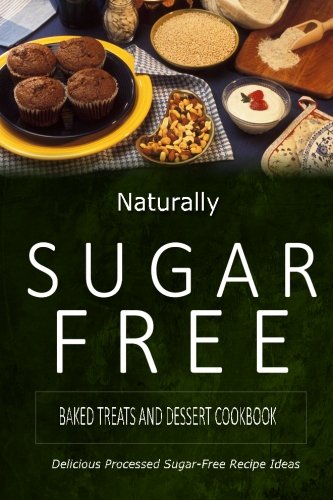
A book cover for Naturally Sugar-Free - Baked Treats and Dessert Cookbook: Delicious Sugar-Free and Diabetic-Friendly Recipes for the Health-Conscious; Naturally Sugar-Free; Cookbooks, Food & Wine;